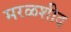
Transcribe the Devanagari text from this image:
मरळशीद